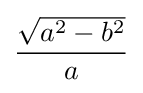
{\frac {\sqrt {a^{2}-b^{2}}}{a}}